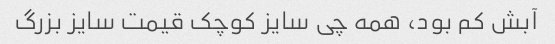
آبش کم بود، همه چی سایز کوچک قیمت سایز بزرگ